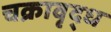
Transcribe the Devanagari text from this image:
चक्रावृद्ध